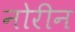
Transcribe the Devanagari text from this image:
नोरीन